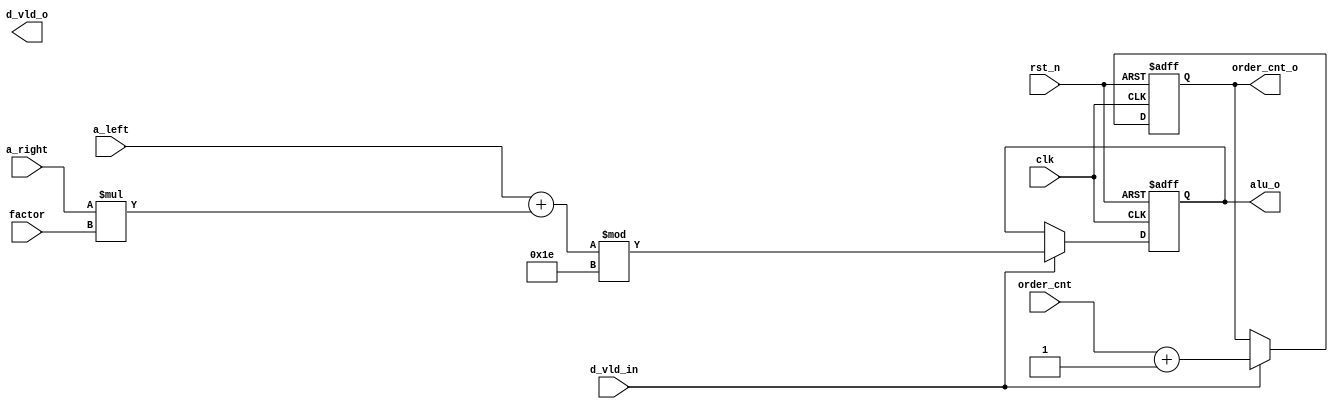
module polyeval_alu
#(parameter WID_D = 32, 
  parameter WID_F = 32, 
  parameter CNT_W = 5, 
  parameter MOD_NUM = 30)
(
    input                           clk,
    input                           rst_n,
    input       [WID_D-1:0]         a_left,
    input       [WID_D-1:0]         a_right,
    input       [WID_F-1:0]         factor,
    input       [CNT_W-1:0]         order_cnt,
    input                           d_vld_in,
    output reg  [WID_D-1:0]         alu_o,
    output reg  [CNT_W-1:0]         order_cnt_o,
    output                          d_vld_o
);
parameter U_DLY = 0.1;

always @(posedge clk or negedge rst_n) begin
    if (!rst_n) begin
        alu_o <= #U_DLY 'd0;
    end
    else if (d_vld_in) begin
        alu_o <= #U_DLY (a_left + a_right * factor) % MOD_NUM;
    end
end

always @(posedge clk or negedge rst_n) begin
    if (!rst_n) begin
        order_cnt_o <= #U_DLY 'd0;
    end
    else if (d_vld_in) begin
        order_cnt_o <= #U_DLY order_cnt + 1;
    end 
end

endmodule